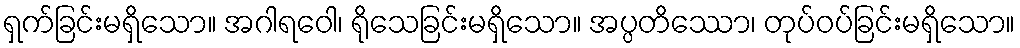
ရှက်ခြင်းမရှိသော။ အဂါရဝေါ၊ ရိုသေခြင်းမရှိသော။ အပ္ပတိဿော၊ တုပ်ဝပ်ခြင်းမရှိသော။